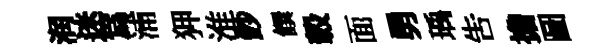
润迷為浦狎淮鈔饌轂面勇瑀告擔圖